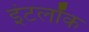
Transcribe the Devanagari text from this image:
इंटर्लॉक